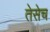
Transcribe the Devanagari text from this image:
तेसेच